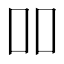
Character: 吅